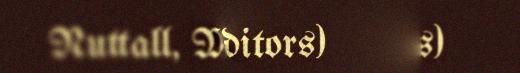
Nuttall, Mark (Editors)